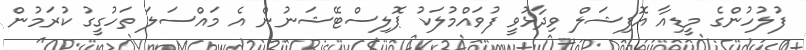
ފުލުހުންގެ މީޑިއާ އޮފިޝަލް ވިދާޅުވީ ފުވައްމުލަކު ޕޮލިސްޓޭޝަނުން އެ މައްސަލަ ތަހުގީގު ކުރަމުން